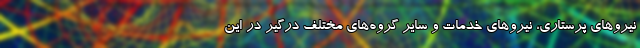
نیروهای پرستاری، نیروهای خدمات و سایر گروه‌های مختلف درگیر در این